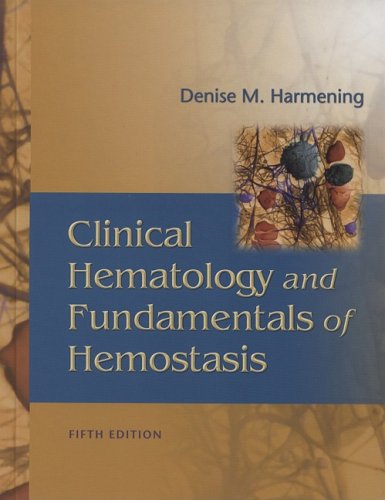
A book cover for Clinical Hematology and Fundamentals of Hemostasis; Denise M. Harmening PhD  MLS(ASCP)  CLS(NCA); Medical Books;